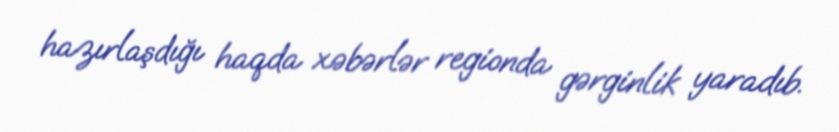
hazırlaşdığı haqda xəbərlər regionda gərginlik yaradıb.